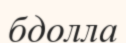
бдолла